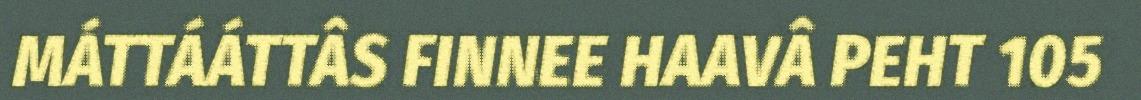
MÁTTÁÁTTÂS FINNEE HAAVÂ PEHT 105